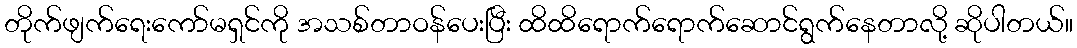
တိုက်ဖျက်ရေးကော်မရှင်ကို အသစ်တာဝန်ပေးပြီး ထိထိရောက်ရောက်ဆောင်ရွက်နေတာလို့ ဆိုပါတယ်။